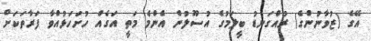
އޭގެ (ޒުވާނުންގެ) ރުއްގަނޑު ބީލަމުގެ އުސޫލުން އެންމެ މަތީ އަގެއް ހުށަހަޅުއްވާ ފަރާތަކަށް